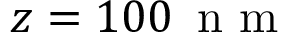
z = 1 0 0 \, \mathrm { ~ n ~ m ~ }